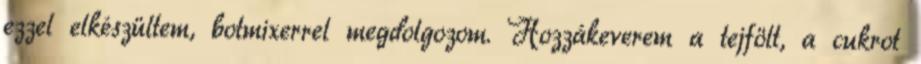
ezzel elkészültem, botmixerrel megdolgozom. Hozzákeverem a tejfölt, a cukrot